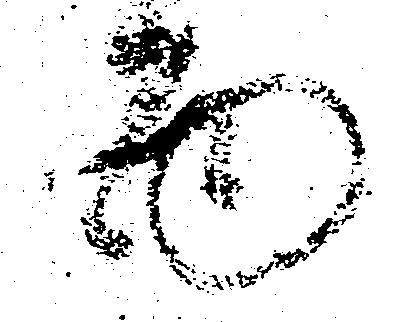
面